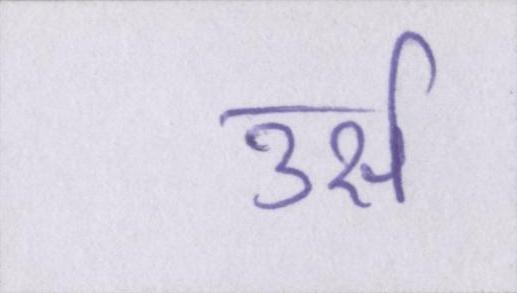
उर्स